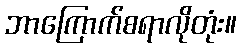
ဘာကြောက်စရာလိုတုံး။